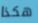
هكذا